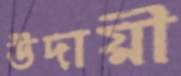
উদায়ী